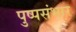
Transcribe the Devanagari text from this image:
पुष्पसंभार